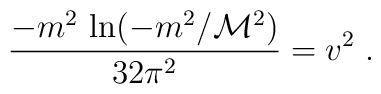
\frac{-m^2\,\ln (-m^2/{\cal M}^2)}{32\pi^2}=v^2\;.